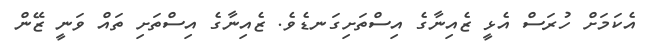
އެކަމަށް ހުރަސް އެޅީ ޒެއިނާގެ އިސްތަށިގަނޑެވެ. ޒެއިނާގެ އިސްތަށި ތައް ވަނީ ޒޭން